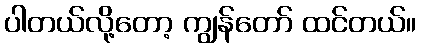
ပါတယ်လို့တော့ ကျွန်တော် ထင်တယ်။